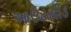
આઉટસીડ